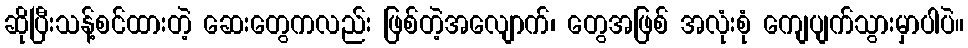
ဆိုပြီးသန့်စင်ထားတဲ့ ဆေးတွေကလည်း ဖြစ်တဲ့အလျောက်၊ တွေအဖြစ် အလုံးစုံ ကျေပျက်သွားမှာပါပဲ။